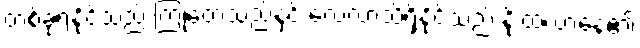
တစ်ခုရနိုင်သည် ကြုံတွေ့သည်နှင့် လေ့လာသိရှိနိုင်သည် နိုးထလာနေ၏